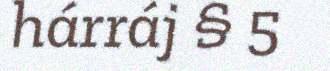
hárráj § 5